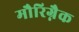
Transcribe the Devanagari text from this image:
मौरिग्नैक